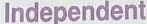
Independent